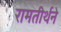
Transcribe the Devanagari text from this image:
रामतीर्थने